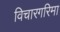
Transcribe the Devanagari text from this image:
विचारगरिमा